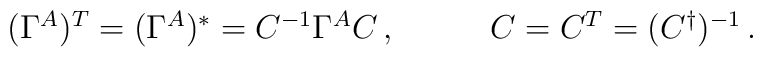
\begin{array}{ll}(\Gamma^{A}){}^{T}=(\Gamma^{A}){}^{\ast}={C}^{-1}\Gamma^{A}{C}\,,~~~&~~~C=C^{T}=(C^{\dagger})^{-1}\,.\end{array}